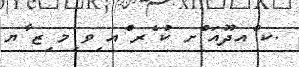
.ކ ްއދޫއަ ްށ ކު ެރ ްއ ިވ ިމ ިޒ ާޔ